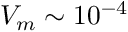
V _ { m } \sim 1 0 ^ { - 4 }